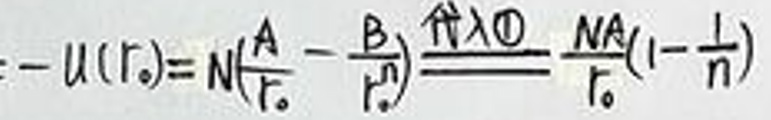
$: - u ( r _ { o } ) = N ( \frac { A } { r _ { o } } - \frac { B } { r _ { o } ^ { n } } ) \frac { ( n / \lambda \theta } { r _ { o } } \frac { N A } { r _ { o } } ( 1 - \frac { 1 } { n } )$